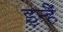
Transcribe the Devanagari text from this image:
इन्हैँ